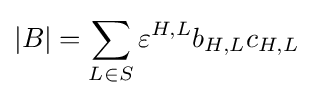
|B|=\sum _{L\in S}\varepsilon ^{H,L}b_{H,L}c_{H,L}